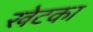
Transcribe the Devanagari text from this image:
खेटका